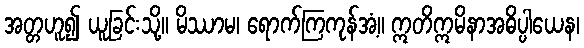
အတ္တဟူ၍ ယူခြင်းသို့။ မိဿာမ၊ ရောက်ကြကုန်အံ့။ ဣတိဣမိနာအဓိပ္ပါယေန၊